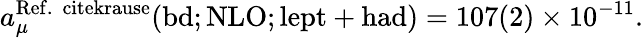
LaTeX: a_{\mu}^{\mathrm{Ref.~\ cite{krause}}}(\mathrm{bd;NLO;lept+had})=107(2)\times 10^{-11}.